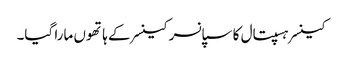
کینسر ہسپتال کا سپانسر کینسر کے ہاتھوں مارا گیا۔